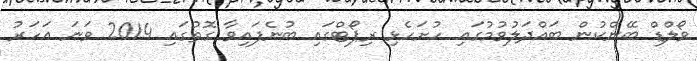
ވޯލްޑް ބޭންކުން ބައްދަލުވުމުގައި ހުށަހެޅި ރިޕޯޓްގައި ބުނެފައިވާ ގޮތުގައި 2014 ވަނަ އަހަރު